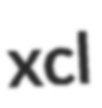
xcl